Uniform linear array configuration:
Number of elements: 4
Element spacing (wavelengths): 0.25
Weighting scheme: blackman
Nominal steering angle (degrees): -45
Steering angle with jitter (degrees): -44.594
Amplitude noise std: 0.05
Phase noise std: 0.05

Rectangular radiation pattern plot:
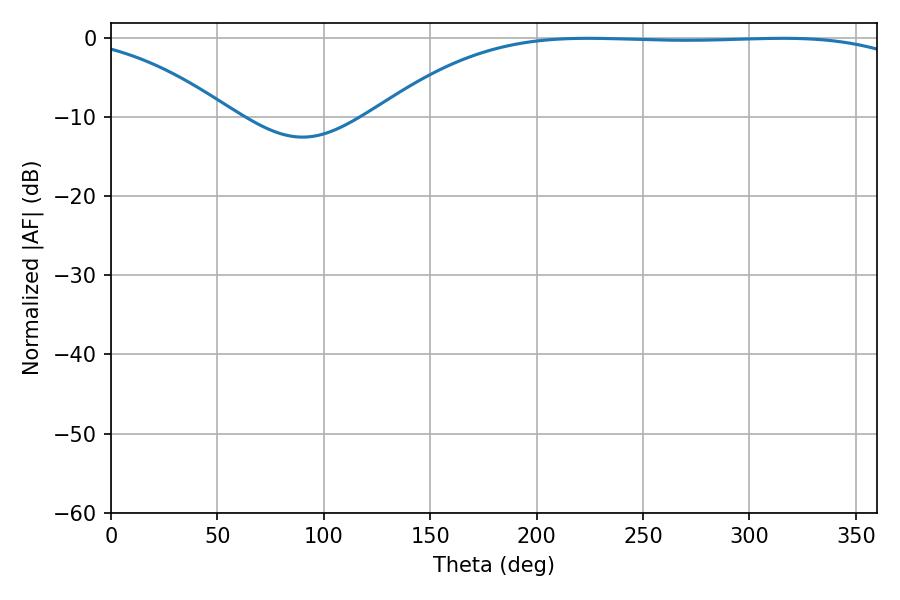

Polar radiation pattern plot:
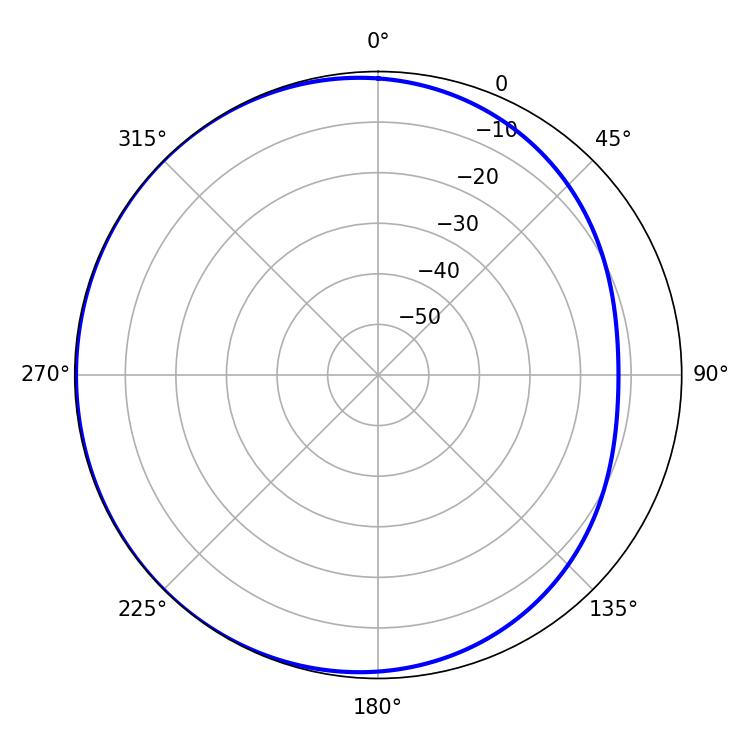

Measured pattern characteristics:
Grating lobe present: FALSE
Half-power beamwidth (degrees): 197.64
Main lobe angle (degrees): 224.28